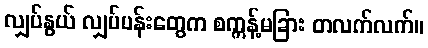
လျှပ်နွယ် လျှပ်ပန်းတွေက စက္ကန့်မခြား တလက်လက်။